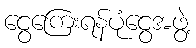
ငွေကြေးရန်ပုံငွေအဖွဲ့